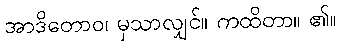
အာဒိတောဝ၊ မှသာလျှင်။ ကထိတာ။ ၏။